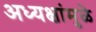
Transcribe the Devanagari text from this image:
अध्यक्षांमुळे